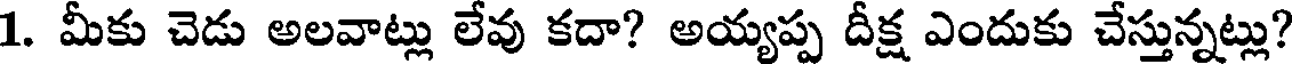
1. మీకు చెడు అలవాట్లు లేవు కదా? అయ్యప్ప దీక్ష ఎందుకు చేస్తున్నట్లు?